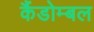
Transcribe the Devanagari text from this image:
कैंडोम्बल